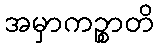
အမှာကဉ္စာတိ